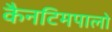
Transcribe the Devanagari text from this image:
कैनटिमपालो